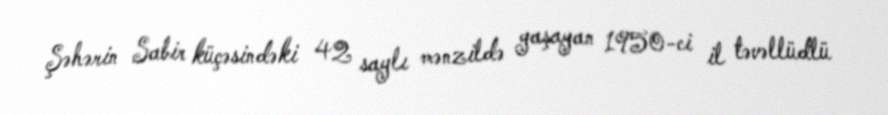
Şəhərin Sabir küçəsindəki 42 saylı mənzildə yaşayan 1950-ci il təvəllüdlü